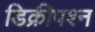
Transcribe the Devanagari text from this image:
डिक्रीपश्न